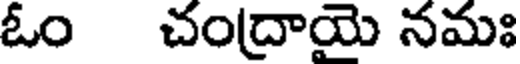
ఓం చంద్రాయె నమః